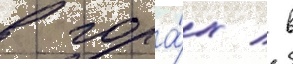
в гора́х / в